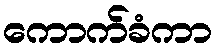
ကောက်ခံကာ